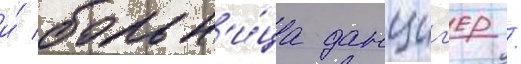
и́ больн'и́ца данциг'ер /